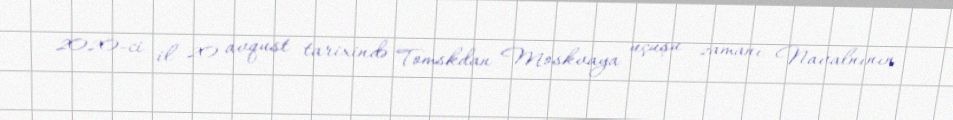
2020-ci il 20 avqust tarixində Tomskdan Moskvaya uçuşu zamanı Navalnının